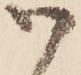
御